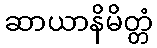
ဆာယာနိမိတ္တံ